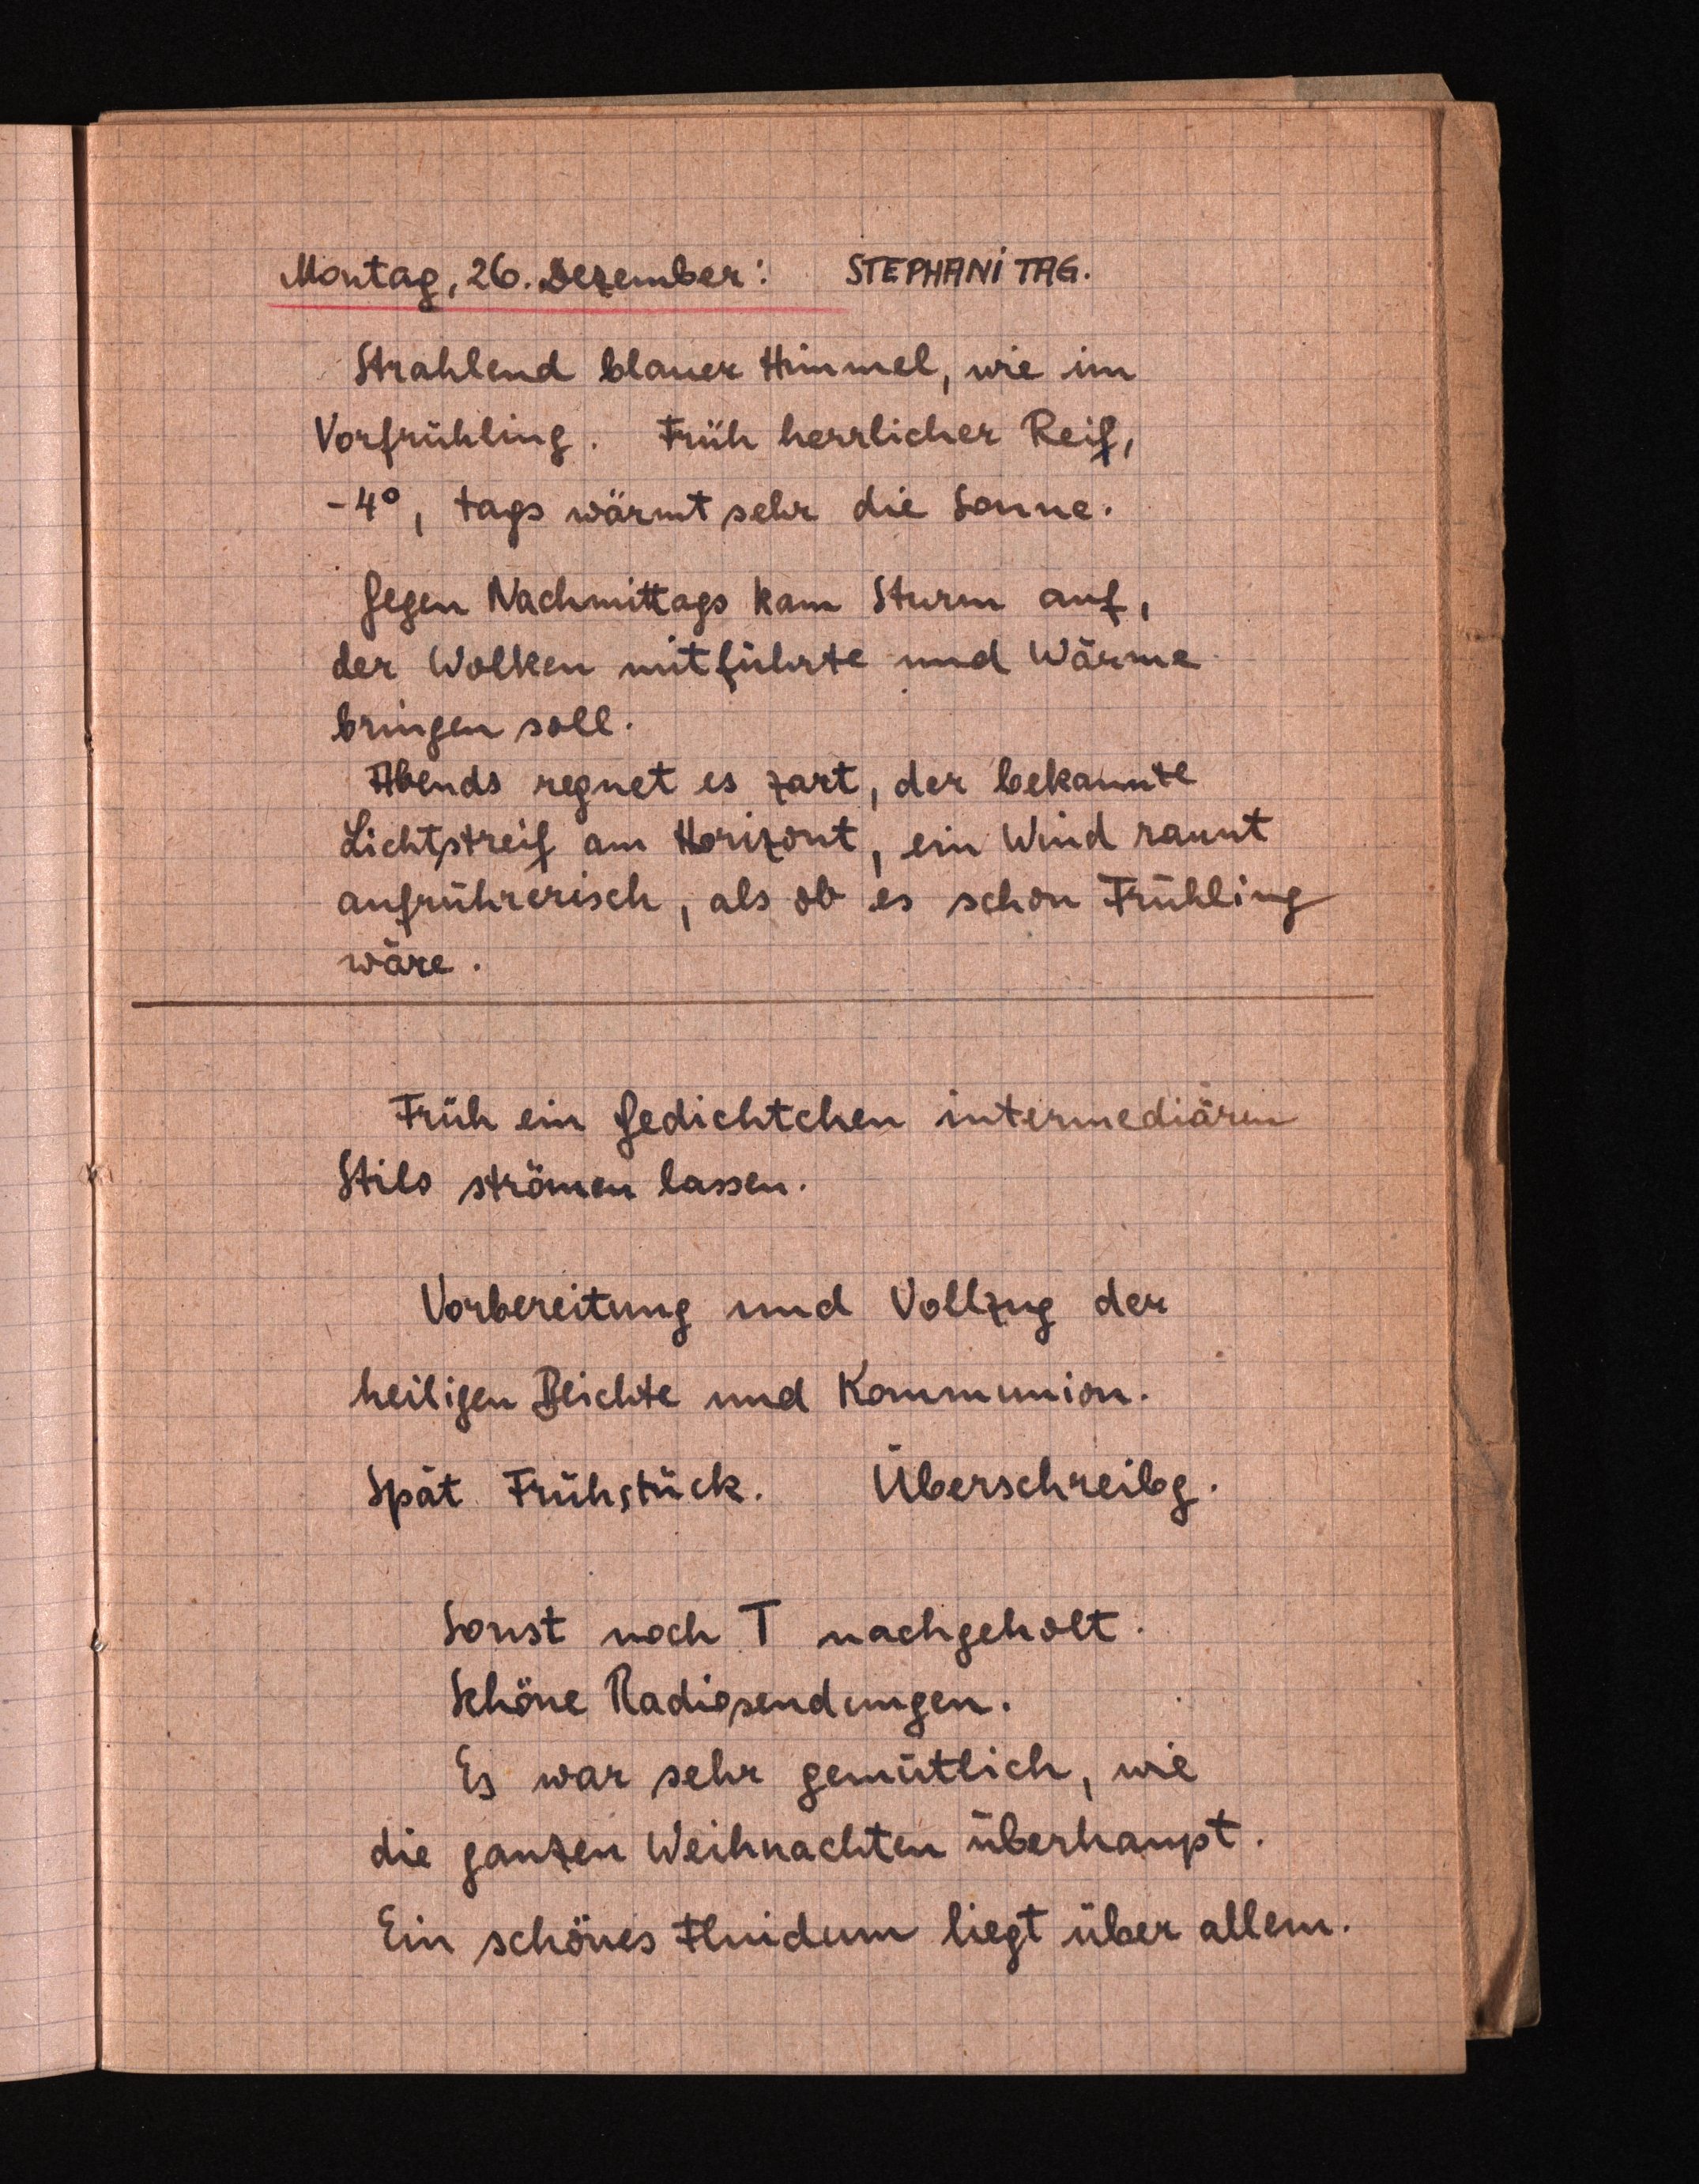
Montag, 26. Bezember: STEPH9NI THG.
Strahlend blauer Himmel, wie im
Vorfrühling. Früh herrlicher Reif,
-4°, tags wärmt sehr die Sonne.
Gegen Nachmittags kam Stürm auf.
der Wolken mitführte und Wärme
bringen soll.
Abends regnet es zart, der bekannte
Lichtstreif am Horizont, ein Wind rannt
aufrührerisch, als ob es schon Frühling
wäre.
Früh ein Gedichtchen intermediären
Stilo strömen lassen.
Vorbereitung und Vollzug der
heiligen Beichte und Kommunion.
Spät Frühstück. Überschreibg.
Sonst noch T nachgeholt.
Schöne Radiosendungen.
Es war sehr gemütlich, wie
die ganzen Weihnachten überhaupt.
Ein schönes Fluidum liegt über allem.